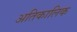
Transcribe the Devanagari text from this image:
अतिकालिक